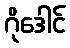
ဂိုဒေါင်